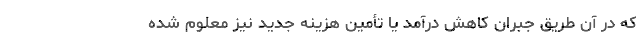
که در آن طریق جبران کاهش درآمد یا تأمین هزینه جدید نیز معلوم شده